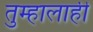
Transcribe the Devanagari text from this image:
तुम्हालाही